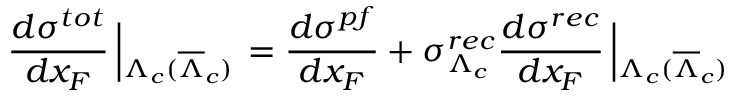
\frac { d \sigma ^ { t o t } } { d x _ { F } } \left| _ { \Lambda _ { c } ( \overline { { { \Lambda } } } _ { c } ) } \right. = \frac { d \sigma ^ { p f } } { d x _ { F } } + \sigma _ { \Lambda _ { c } } ^ { r e c } \frac { d \sigma ^ { r e c } } { d x _ { F } } \left| _ { \Lambda _ { c } ( \overline { { { \Lambda } } } _ { c } ) } \right.